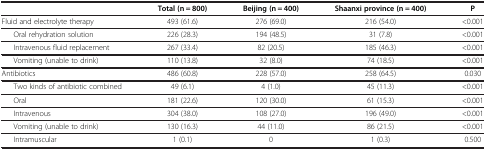
|  | Total (n = 800) | Beijing (n = 400) | Shaanxi province (n = 400) | P |
 | --- | --- | --- | --- | --- |
 | Fluid and electrolyte therapy | 493 (61.6) | 276 (69.0) | 216 (54.0) | <0.001 |
 | Oral rehydration solution | 226 (28.3) | 194 (48.5) | 31 (7.8) | <0.001 |
 | Intravenous fluid replacement | 267 (33.4) | 82 (20.5) | 185 (46.3) | <0.001 |
 | Vomiting (unable to drink) | 110 (13.8) | 32 (8.0) | 74 (18.5) | <0.001 |
 | Antibiotics | 486 (60.8) | 228 (57.0) | 258 (64.5) | 0.030 |
 | Two kinds of antibiotic combined | 49 (6.1) | 4 (1.0) | 45 (11.3) | <0.001 |
 | Oral | 181 (22.6) | 120 (30.0) | 61 (15.3) | <0.001 |
 | Intravenous | 304 (38.0) | 108 (27.0) | 196 (49.0) | <0.001 |
 | Vomiting (unable to drink) | 130 (16.3) | 44 (11.0) | 86 (21.5) | <0.001 |
 | Intramuscular | 1 (0.1) | 0 | 1 (0.3) | 0.500 |